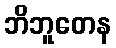
ဘိဘူတေန